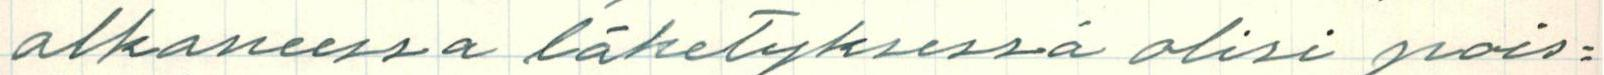
alkaneessa lähetyksessä olisi pois=